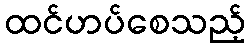
ထင်ဟပ်စေသည့်